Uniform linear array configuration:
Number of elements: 48
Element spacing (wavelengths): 1
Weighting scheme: blackman
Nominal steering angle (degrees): -30
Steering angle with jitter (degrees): -28.287
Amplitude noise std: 0.05
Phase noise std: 0.05

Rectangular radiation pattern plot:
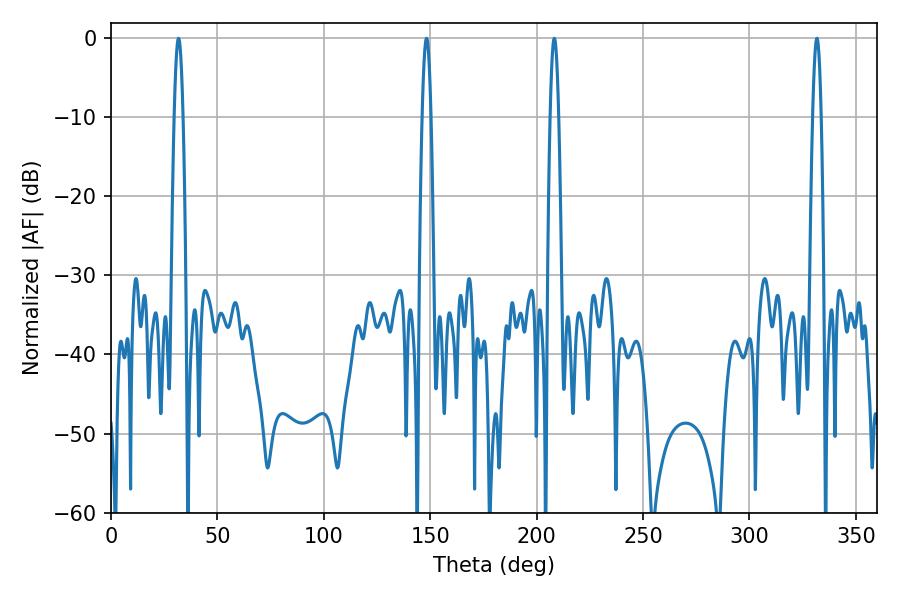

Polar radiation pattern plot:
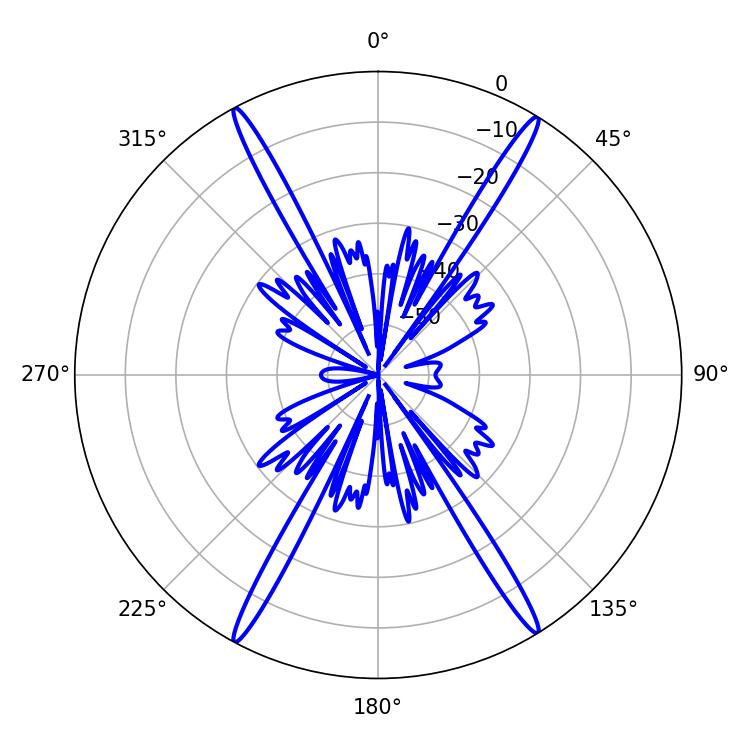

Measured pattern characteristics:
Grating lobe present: TRUE
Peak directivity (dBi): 25.299
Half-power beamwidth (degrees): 2.16
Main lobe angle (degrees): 208.26